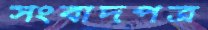
সংবাদপত্র